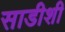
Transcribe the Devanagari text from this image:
साडीशी